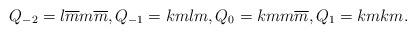
LaTeX: \begin{align*}Q_{-2}=l\overline{m}m\overline{m},Q_{-1}=kmlm,Q_{0}=kmm\overline{m},Q_1=kmkm.\end{align*}